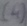
Text: (4)